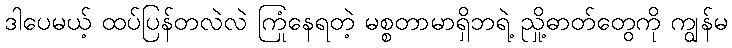
ဒါပေမယ့် ထပ်ပြန်တလဲလဲ ကြုံနေရတဲ့ မစ္စတာမာရှိဘရဲ့ ညှို့ဓာတ်တွေကို ကျွန်မ